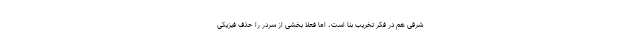
شرقی هم در فکر تخریب بنا است، اما فعلا بخشی از سردر را حذف فیزیکی